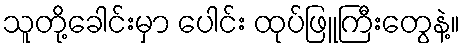
သူတို့ခေါင်းမှာ ပေါင်း ထုပ်ဖြူကြီးတွေနဲ့။